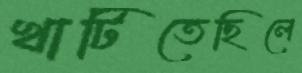
খাটিতেছিলে